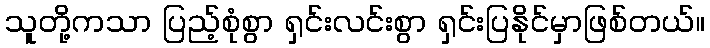
သူတို့ကသာ ပြည့်စုံစွာ ရှင်းလင်းစွာ ရှင်းပြနိုင်မှာဖြစ်တယ်။